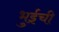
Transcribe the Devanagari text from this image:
भुईची